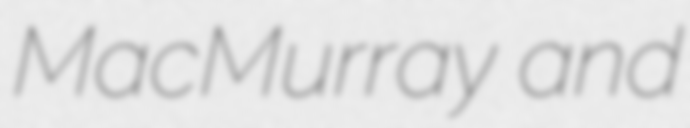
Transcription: MacMurray and